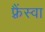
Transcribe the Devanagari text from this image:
फ़्रैंस्वा